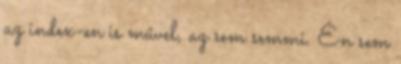
az index-en is művel, az sem semmi. Én sem